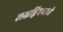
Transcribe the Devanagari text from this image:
लक्षद्विपमध्ये